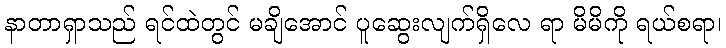
နာတာရှာသည် ရင်ထဲတွင် မချိအောင် ပူဆွေးလျက်ရှိလေ ရာ မိမိကို ရယ်စရာ၊